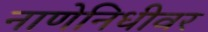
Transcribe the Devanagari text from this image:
नाणेनिधीवर